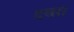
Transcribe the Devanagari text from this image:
दवरा